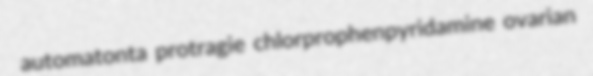
automatonta protragie chlorprophenpyridamine ovarian